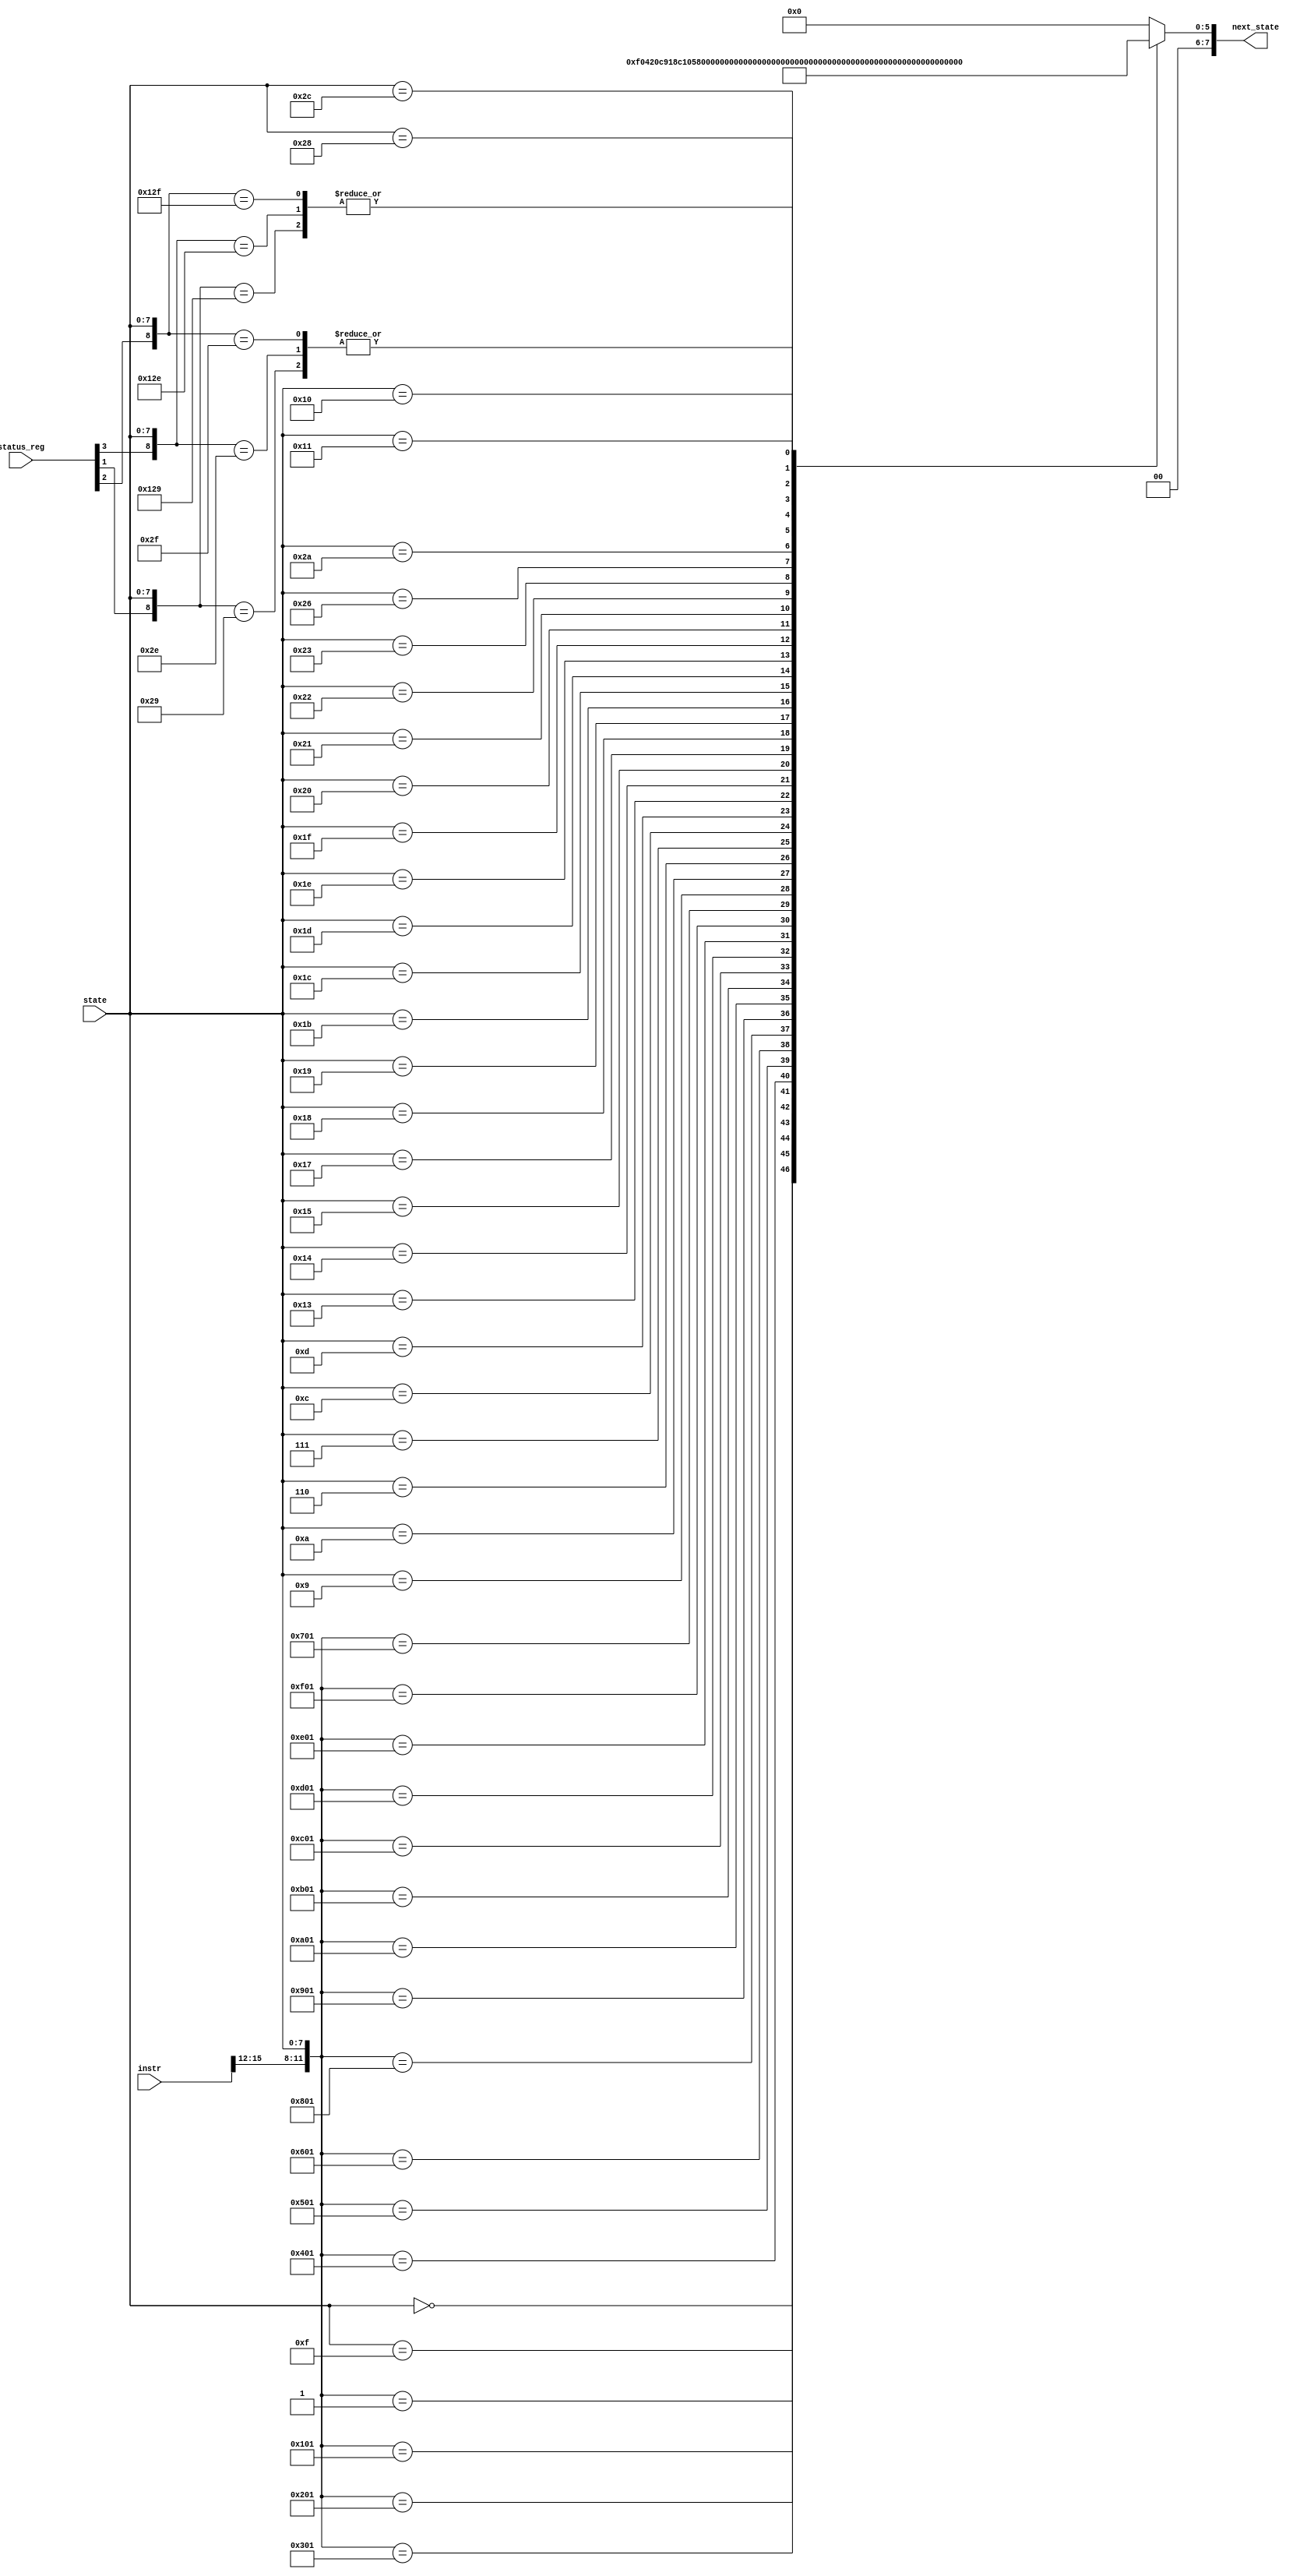
module next_state(instr, state, next_state, status_reg);
	
	input [15:0] instr;
	input [7:0] state;
	output reg [7:0] next_state;
	input[3:0] status_reg;
	
	
	wire[14:0] temp;
	assign temp = {status_reg[3:1], instr[15:12], state};
	
	always @(temp) begin
		casez (temp)
		15'bzzzzzzz00000000: begin next_state = 8'b1111; end // new instruction, go to s1
		15'bzzzzzzz00001111: begin next_state = 8'b0001; end // load new instr
		15'bzzz000000000001: begin next_state = 8'b0010; end //exec
		15'bzzz000100000001: begin next_state = 8'b0011; end // start move
		15'bzzz001000000001: begin next_state = 8'b1001; end // start add (add0)
		15'bzzz001100000001: begin next_state = 8'b0110; end //start sub (sub0)
		15'bzzz010000000001: begin next_state = 8'b1100; end // start xor
		15'bzzz010100000001: begin next_state = 8'b0100; end // start ldpc
		15'bzzz011000000001: begin next_state = 8'b0101; end // start branch
		15'bzzz100000000001: begin next_state = 8'b10011; end // start push
		15'bzzz100100000001: begin next_state = 8'b10111; end //start pop
		15'bzzz101000000001: begin next_state = 8'b11011; end // start CALL
		15'bzzz101100000001: begin next_state = 8'b100001; end // start ret

		15'bzzz110000000001: begin next_state = 8'b00100110; end //start CPU
		15'bzzz110100000001: begin next_state = 8'b00101001; end //start BREQ
		15'bzzz111000000001: begin next_state = 8'b00101110; end //start BRLO
		15'bzzz111100000001: begin next_state = 8'b00101111; end //start BRHI
		15'bzzz011100000001: begin next_state = 8'b00101000; end //start MUL
		
		// ones that just go back to s0 (load,mov,add2,sub2,xor2, ldpc, branch) --> is this supposed to be s0??
		15'bzzzzzzz00000010: begin next_state = 8'b0000; end //load
		15'bzzzzzzz00000011: begin next_state = 8'b0000; end //mov
		15'bzzzzzzz00001011: begin next_state = 8'b0000; end //add2
		15'bzzzzzzz00001000: begin next_state = 8'b0000; end //sub2
 		15'bzzzzzzz00001110: begin next_state = 8'b0000; end //xor2
		15'bzzzzzzz00000100: begin next_state = 8'b0000; end //ldpc
		15'bzzzzzzz00000101: begin next_state = 8'b0000; end //branch

		15'bzzzzzzz00100111: begin next_state = 8'b0000; end //cpu1
		
		// add 0 - add 1 - add 2
		15'bzzzzzzz00001001: begin next_state = 8'b1010; end
		15'bzzzzzzz00001010: begin next_state = 8'b1011; end
	
		// sub 0 - sub 1 - sub 2
		15'bzzzzzzz00000110: begin next_state = 8'b0111; end
		15'bzzzzzzz00000111: begin next_state = 8'b1000; end
		// xor 0 - xor 1 - xor 2
		15'bzzzzzzz00001100: begin next_state = 8'b1101; end
		15'bzzzzzzz00001101: begin next_state = 8'b1110; end
		
		// pushes
		15'bzzzzzzz00010011: begin next_state = 8'b10100; end 
		15'bzzzzzzz00010100: begin next_state = 8'b10101; end
		15'bzzzzzzz00010101: begin next_state = 8'b10110; end
		
		// pops
		15'bzzzzzzz00010111: begin next_state = 8'b00011000; end
		15'bzzzzzzz00011000: begin next_state = 8'b00011001; end
		15'bzzzzzzz00011001: begin next_state = 8'b00011010; end
		
		//calls
		15'bzzzzzzz00011011: begin next_state = 8'b00011100; end
		15'bzzzzzzz00011100: begin next_state = 8'b00011101; end
		15'bzzzzzzz00011101: begin next_state = 8'b00011110; end
		15'bzzzzzzz00011110: begin next_state = 8'b00011111; end
		15'bzzzzzzz00011111: begin next_state = 8'b00100000; end
		15'bzzzzzzz00100000: begin next_state = 8'b00100101; end
		
		//rets
		15'bzzzzzzz00100001: begin next_state = 8'b00100010; end
		15'bzzzzzzz00100010: begin next_state = 8'b00100011; end
		15'bzzzzzzz00100011: begin next_state = 8'b00100100; end

		//CPU 0 - CPU 1
		15'bzzzzzzz00100110: begin next_state = 8'b00100111; end
		

		//breq1 -> breq2 if Z=1 -> breq4 -> breq3
		15'bzz1zzzz00101001: begin next_state = 8'b00101010; end 
		15'bzzzzzzz00101010: begin next_state = 8'b00101100; end
		15'bzzzzzzz00101100: begin next_state = 8'b00101101; end
		//breq1 -> breq3 if z=0
		15'bzz0zzzz00101001: begin next_state = 8'b00101011; end


		//brlo1 -> brlo2 if N=1 -> brlo4 -> brlo3
		15'b1zzzzzz00101110: begin next_state = 8'b00101010; end 
		//brlo1 -> brlo3 if N=0
		15'b0zzzzzz00101110: begin next_state = 8'b00101011; end

		//brhi1 -> brhi2 if P=1 -> brhi4 -> brhi3
		15'bz1zzzzz00101111: begin next_state = 8'b00101010; end 
		//brhi1 -> brhi3 if P=0
		15'bz0zzzzz00101111: begin next_state = 8'b00101011; end
		
		//mul0 -> mul1 
		15'bzzzzzzz00101000 : begin next_state = 8'b10000; end
		//mul1 -> mul2
		15'bzzzzzzz00010000 : begin next_state = 8'b10001; end
		//mul2 -> mul3
		15'bzzzzzzz00010001 : begin next_state = 8'b10010; end

		
		default : begin next_state = 8'b0; end
		endcase
		end
endmodule